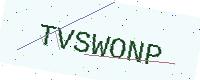
Text: TVSWONP